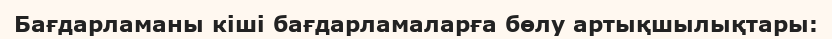
Бағдарламаны кіші бағдарламаларға бөлу артықшылықтары: